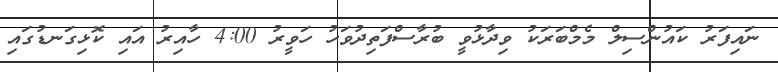
ނައިފަރު ކައުންސިލް މެމްބަރަކު ވިދާޅުވީ ބުރާސްފަތިދުވަހު ހަވީރު 4:00 ހާއިރު އައި ކޮޅިގަނޑުގައި